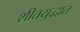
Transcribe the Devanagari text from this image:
शीतयुद्धात